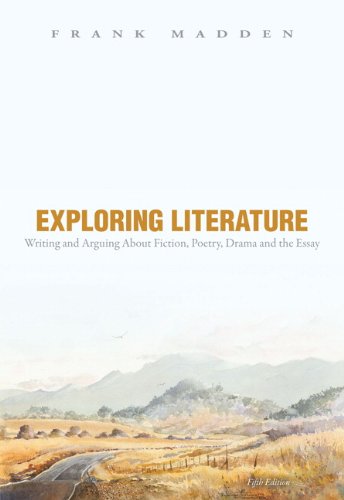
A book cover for Exploring Literature: Writing and Arguing about Fiction, Poetry, Drama, and the Essay, 5th Edition; Frank Madden; Literature & Fiction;